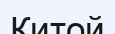
Китой